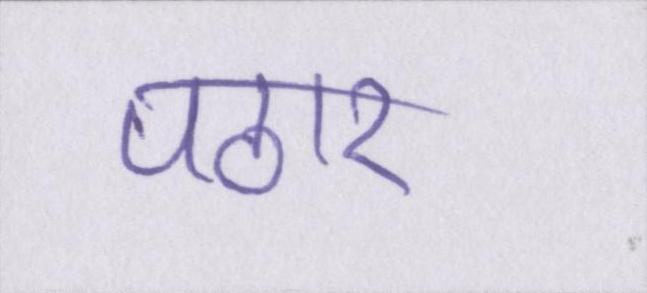
पठार